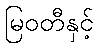
မြဝတီနှင့်